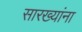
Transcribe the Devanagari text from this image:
सारख्यांना